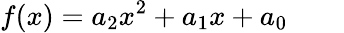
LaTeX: f(x)=a_{2}x^{2}+a_{1}x+a_{0}\qquad